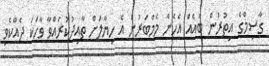
ގާސިމްގެ އިތުރުން ބައެއް އެހެން މެމްބަރުން އެ ހިޔާލަށް ތާއިދުކުރައްވާ ވާހަކަ ދެއްކެވި